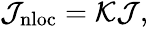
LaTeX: \begin{array}{r}{\mathcal{J}_{\mathrm{nloc}}=\mathcal{K}\mathcal{J},}\end{array}